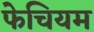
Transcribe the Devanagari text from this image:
फेचियम